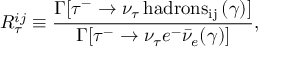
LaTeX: R _ { \tau } ^ { i j } \equiv \frac { \Gamma [ \tau ^ { - } \rightarrow \nu _ { \tau } \, \mathrm { h a d r o n s _ { i j } } \, ( \gamma ) ] } { \Gamma [ \tau ^ { - } \rightarrow \nu _ { \tau } e ^ { - } { \bar { \nu } } _ { e } ( \gamma ) ] } ,